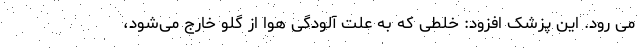
می رود. این پزشک افزود: خلطی که به علت آلودگی هوا از گلو خارج می‌شود،